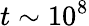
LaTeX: t\sim 10^{8}